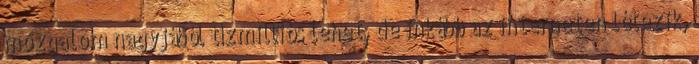
mozgalom nagyjából tízmilliós lehet, de inkább az interneten létezik,